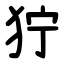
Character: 狞